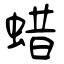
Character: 蜡